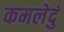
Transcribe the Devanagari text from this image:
कमलेदुं